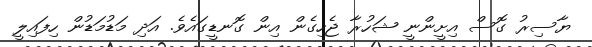
ޔާސިރު ގޮސް އިށީންނީ ޝަހުރާ ޖެހިގެން އިން ގޮނޑީގައެވެ. އަދި މަޑުމަޑުން ހިފައިލީ